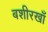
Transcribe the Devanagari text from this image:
बशीरखाँ